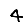
Digit: 4